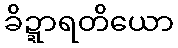
ခိဍ္ဍာရတိယော